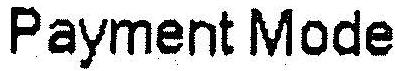
PAYMENT MODE